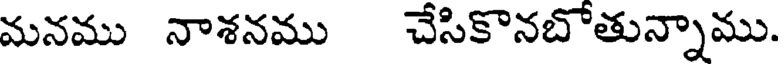
మనము నాశనము చేసికొనబోతున్నాము.